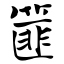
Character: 篚